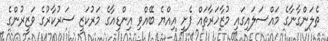
ތެލަންގާނާގެ މައްސަލައިގައި މުޒާހަރާތައް ފެށީ އިއްޔެ ބޭއްވި އިންޑިއާގެ މަރުކަޒީ ސަރުކާރުގެ ވަޒީރުންގެ